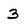
Character: 3